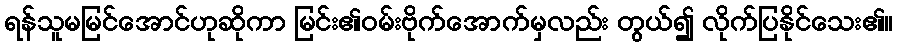
ရန်သူမမြင်အောင်ဟုဆိုကာ မြင်း၏ဝမ်းဗိုက်အောက်မှလည်း တွယ်၍ လိုက်ပြနိုင်သေး၏။